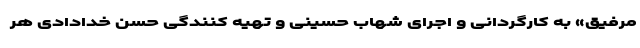
مرفیق» به کارگردانى و اجراى شهاب حسینى و تهیه کنندگى حسن خدادادى هر